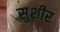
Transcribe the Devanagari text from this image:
सुशीर